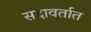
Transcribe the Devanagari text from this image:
सदावर्तात